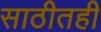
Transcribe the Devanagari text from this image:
साठीतही